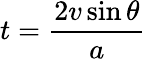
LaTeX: t={\frac{2v\sin\theta}{a}}